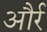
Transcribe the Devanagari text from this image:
और्र